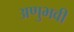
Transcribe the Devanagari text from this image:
अणुभवी